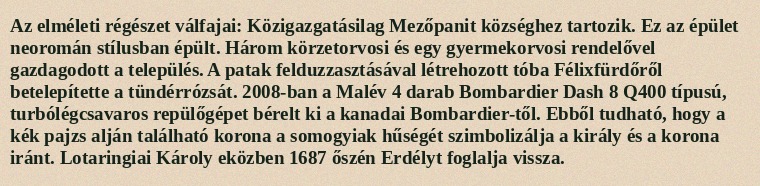
Az elméleti régészet válfajai: Közigazgatásilag Mezőpanit községhez tartozik. Ez az épület neoromán stílusban épült. Három körzetorvosi és egy gyermekorvosi rendelővel gazdagodott a település. A patak felduzzasztásával létrehozott tóba Félixfürdőről betelepítette a tündérrózsát. 2008-ban a Malév 4 darab Bombardier Dash 8 Q400 típusú, turbólégcsavaros repülőgépet bérelt ki a kanadai Bombardier-től. Ebből tudható, hogy a kék pajzs alján található korona a somogyiak hűségét szimbolizálja a király és a korona iránt. Lotaringiai Károly eközben 1687 őszén Erdélyt foglalja vissza.